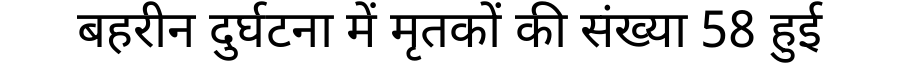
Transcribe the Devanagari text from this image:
बहरीन दुर्घटना में मृतकों की संख्या 58 हुई